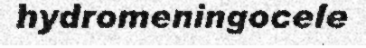
hydromeningocele